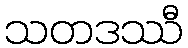
သတဒဿီ